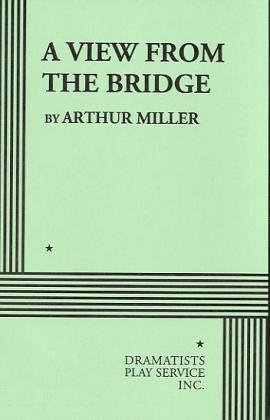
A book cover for A View From the Bridge.; Arthur Miller; Literature & Fiction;